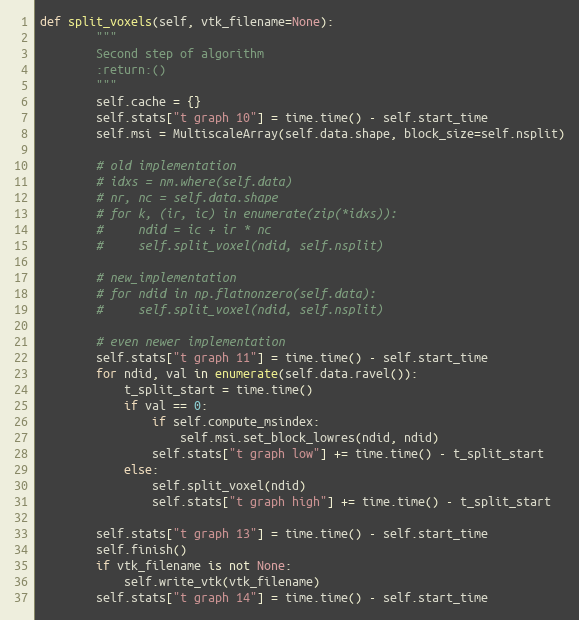
Language: Python
def split_voxels(self, vtk_filename=None):
        """
        Second step of algorithm
        :return:()
        """
        self.cache = {}
        self.stats["t graph 10"] = time.time() - self.start_time
        self.msi = MultiscaleArray(self.data.shape, block_size=self.nsplit)

        # old implementation
        # idxs = nm.where(self.data)
        # nr, nc = self.data.shape
        # for k, (ir, ic) in enumerate(zip(*idxs)):
        #     ndid = ic + ir * nc
        #     self.split_voxel(ndid, self.nsplit)

        # new_implementation
        # for ndid in np.flatnonzero(self.data):
        #     self.split_voxel(ndid, self.nsplit)

        # even newer implementation
        self.stats["t graph 11"] = time.time() - self.start_time
        for ndid, val in enumerate(self.data.ravel()):
            t_split_start = time.time()
            if val == 0:
                if self.compute_msindex:
                    self.msi.set_block_lowres(ndid, ndid)
                self.stats["t graph low"] += time.time() - t_split_start
            else:
                self.split_voxel(ndid)
                self.stats["t graph high"] += time.time() - t_split_start

        self.stats["t graph 13"] = time.time() - self.start_time
        self.finish()
        if vtk_filename is not None:
            self.write_vtk(vtk_filename)
        self.stats["t graph 14"] = time.time() - self.start_time